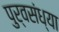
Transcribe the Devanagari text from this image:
पुर्वसंध्या